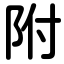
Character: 附